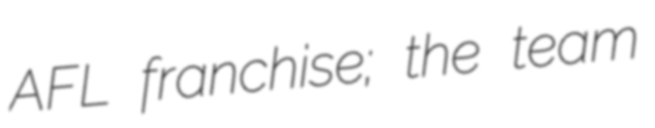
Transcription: AFL franchise; the team